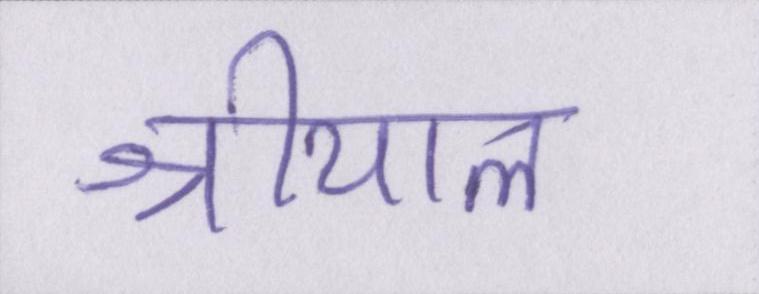
श्रीयाल